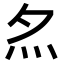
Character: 𡖋